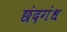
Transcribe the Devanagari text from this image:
छंदगंध